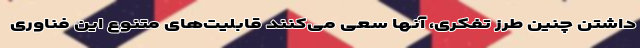
داشتن چنین طرز تفکری، آنها سعی می‌کنند قابلیت‌های متنوع این فناوری